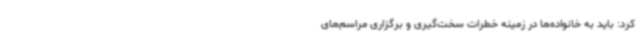
کرد: باید به خانواده‌ها در زمینه خطرات سخت‌گیری و برگزاری مراسم‌های